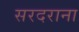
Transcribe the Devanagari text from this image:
सरदराना